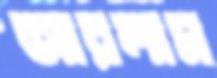
আরলাম